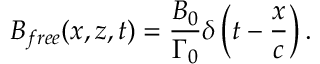
B _ { f r e e } ( x , z , t ) = \frac { B _ { 0 } } { \Gamma _ { 0 } } \delta \left( t - \frac { x } { c } \right) .